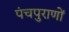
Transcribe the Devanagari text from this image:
पंचपुराणों